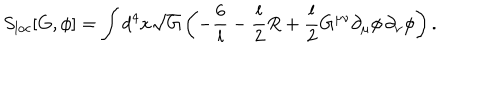
LaTeX: S _ { \mathrm { l o c } } [ G , \phi ] = \int d ^ { 4 } x \sqrt { G } \left( - \frac { 6 } { l } - { \frac { l } { 2 } } R + { \frac { l } { 2 } } G ^ { \mu \nu } \partial _ { \mu } \phi \, \partial _ { \nu } \phi \right) .